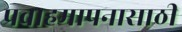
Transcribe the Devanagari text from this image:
प्रवाहमापनासाठी